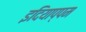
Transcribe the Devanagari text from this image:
इदियाप्पम